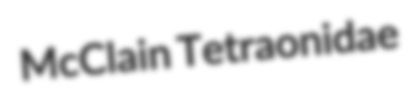
McClain Tetraonidae